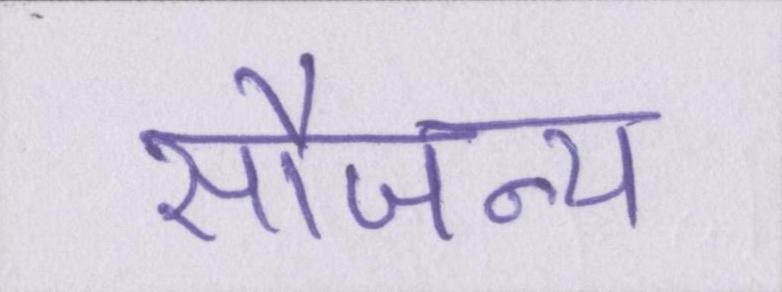
सौजन्य